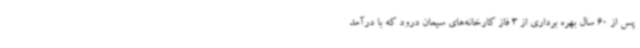
پس از 60 سال بهره برداری از 3 فاز کارخانه‌های سیمان درود که با درآمد